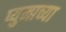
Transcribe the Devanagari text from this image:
प्युमाच्या